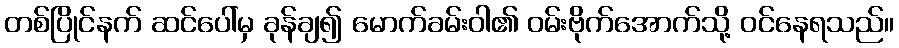
တစ်ပြိုင်နက် ဆင်ပေါ်မှ ခုန်ချ၍ မောက်ခမ်းဝါ၏ ဝမ်းဗိုက်အောက်သို့ ဝင်နေရသည်။